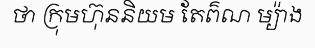
ថា ក្រុមហ៊ុននិយម តែព៌ណ ម្យ៉ាង